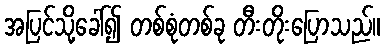
အပြင်သို့ခေါ်၍ တစ်စုံတစ်ခု တီးတိုးပြောသည်။